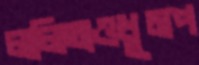
ললিতাওধূমপ